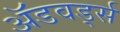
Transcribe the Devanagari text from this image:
ॲडवर्ड्स